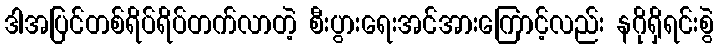
ဒါအပြင်တစ်ရိပ်ရိပ်တက်လာတဲ့ စီးပွားရေးအင်အားကြောင့်လည်း နဂိုရှိရင်းစွဲ